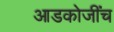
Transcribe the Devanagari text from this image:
आडकोजींच